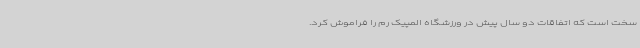
سخت است که اتفاقات دو سال پیش در ورزشگاه المپیک رم را فراموش کرد.